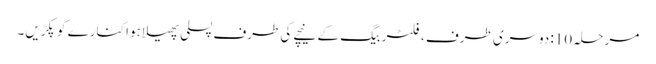
مرحلہ 10: دوسری طرف ، فلٹر بیگ کے نیچے کی طرف پسلی پھیلا ہوا کنارے کو پکڑیں۔